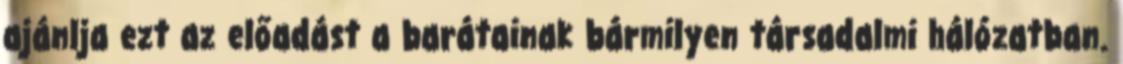
ajánlja ezt az előadást a barátainak bármilyen társadalmi hálózatban.